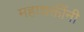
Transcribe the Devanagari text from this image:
महाशक्तींनी